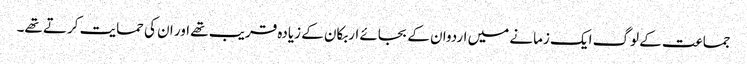
جماعت کے لوگ ایک زمانے میں اردوان کے بجائے اربکان کے زیادہ قریب تھے اور ان کی حمایت کرتے تھے۔